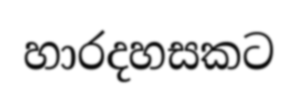
හාරදහසකට